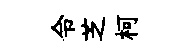
令芝柯